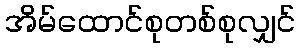
အိမ်ထောင်စုတစ်စုလျှင်